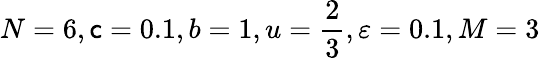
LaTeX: N=6,\mathsf{c}=0.1,b=1,u=\frac{{2}}{{3}},\varepsilon=0.1,M=3